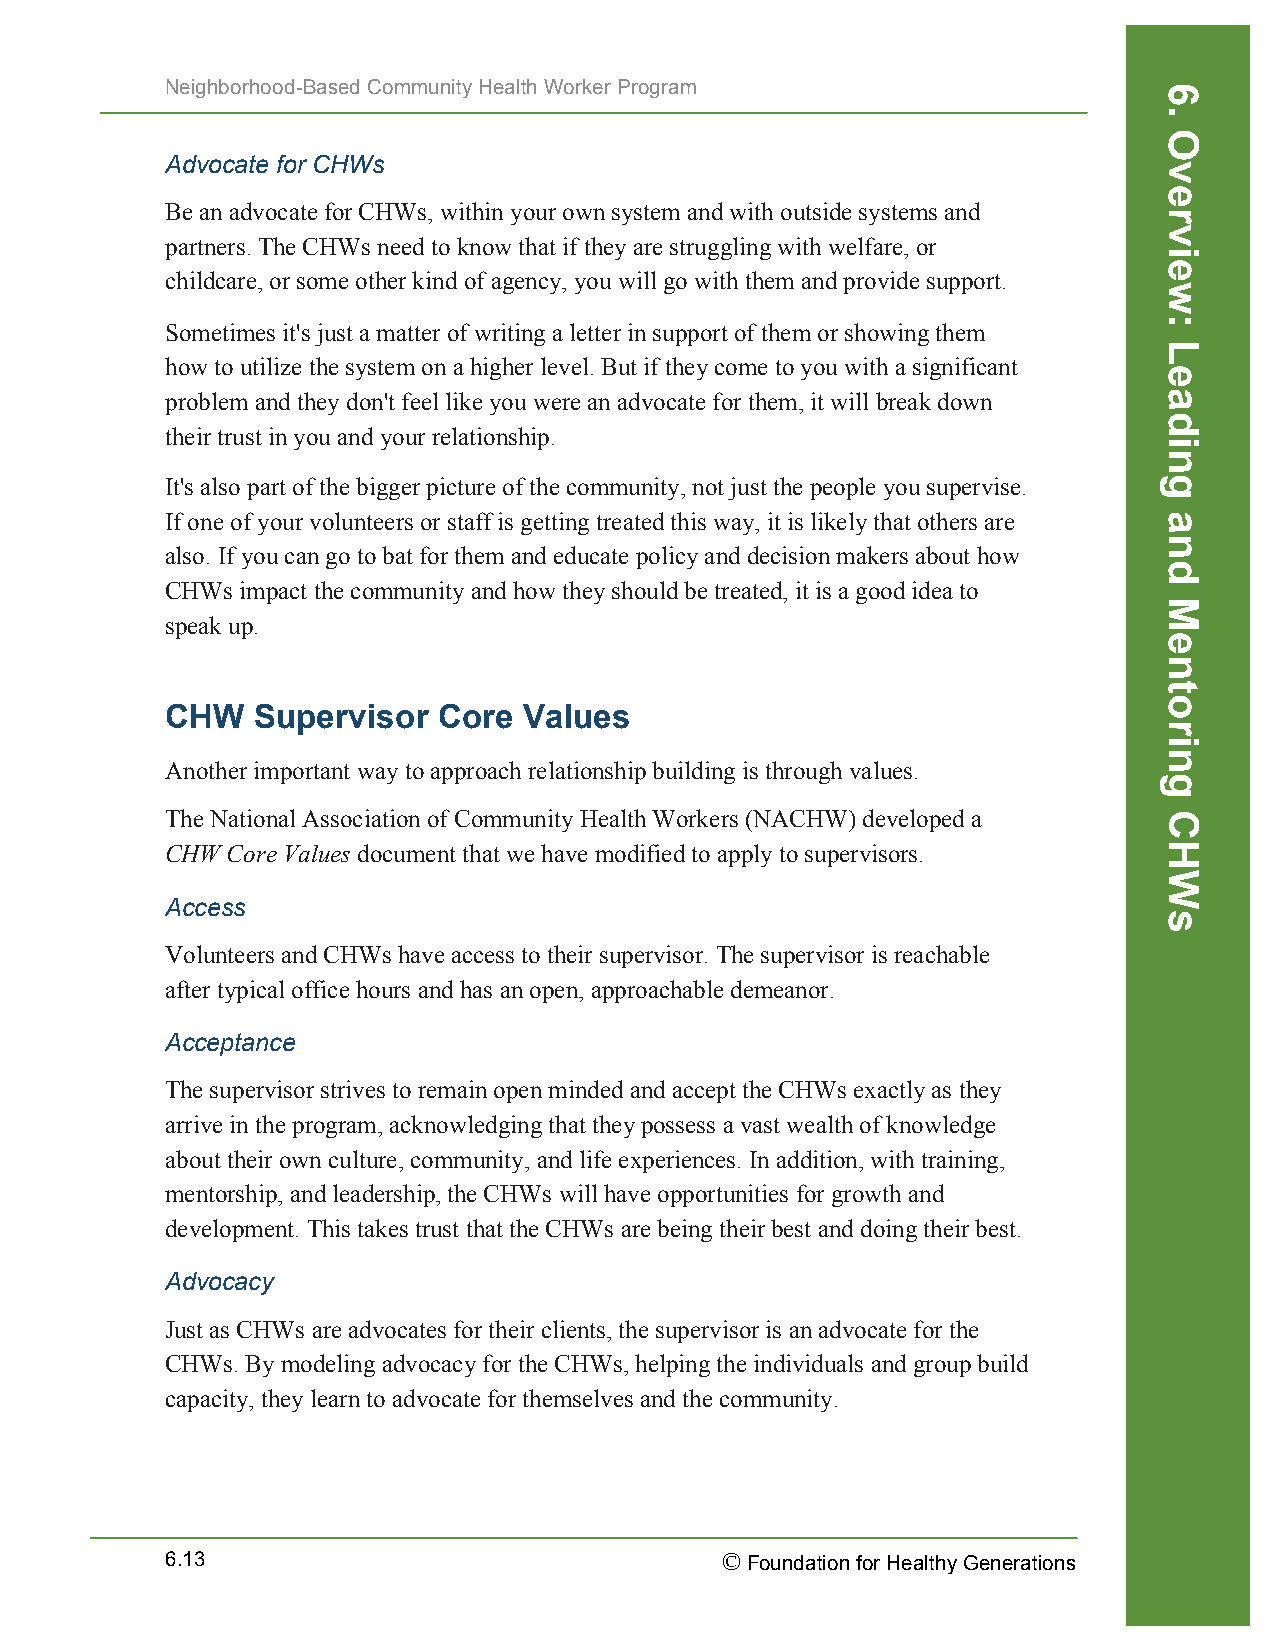
Neighborhood-Based Community Health Worker Program
 Advocate for CHWs
 Be an advocate for CHWs, within your own system and with outside systems and
 partners. The CHWs need to know that if they are struggling with welfare, or
 childcare, or some other kind of agency, you will go with them and provide support.
 Sometimes it's just a matter of writing a letter in support of them or showing them
 how to utilize the system on a higher level. But if they come to you with a significant
 problem and they don't feel like you were an advocate for them, it will break down
 their trust in you and your relationship.
 It's also part of the bigger picture of the community, not just the people you supervise.
 If one of your volunteers or staff is getting treated this way, it is likely that others are
 also. If you can go to bat for them and educate policy and decision makers about how
 CHWs impact the community and how they should be treated, it is a good idea to
 speak up.
 CHW   Supervisor  Core  Values
 Another important way to approach relationship building is through values.
 The National Association of Community Health Workers (NACHW) developed a
 CHW Core Values document that we have modified to apply to supervisors.
 Access
 Volunteers and CHWs have access to their supervisor. The supervisor is reachable
 after typical office hours and has an open, approachable demeanor.
 Acceptance
 The supervisor strives to remain open minded and accept the CHWs exactly as they
 arrive in the program, acknowledging that they possess a vast wealth of knowledge
 about their own culture, community, and life experiences. In addition, with training,
 mentorship, and leadership, the CHWs will have opportunities for growth and
 development. This takes trust that the CHWs are being their best and doing their best.
 Advocacy
 Just as CHWs are advocates for their clients, the supervisor is an advocate for the
 CHWs. By modeling advocacy for the CHWs, helping the individuals and group build
 capacity, they learn to advocate for themselves and the community.
 6.13                                 © Foundation for Healthy Generations
 6.
 Overview:
 Leading
 and
 Mentoring
 CHWs